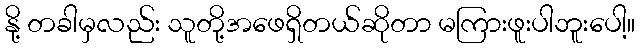
နို့ တခါမှလည်း သူတို့အဖေရှိတယ်ဆိုတာ မကြားဖူးပါဘူးပေါ့။